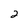
Character: 2